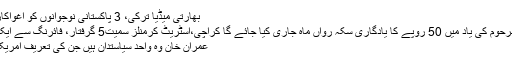
بھارتی میڈیا ترکی، 3 پاکستانی نوجوانوں کو اغواکاروں نے چھوڑ دیا
عبد الستار ایدھی مرحوم کی یاد میں 50 روپے کا یادگاری سکہ رواں ماہ جاری کیا جائے گا کراچی،اسٹریٹ کرمنلز سمیت5 گرفتار، فائرنگ سے ایک شخص جاں بحق
عمران خان وہ واحد سیاستدان ہیں جن کی تعریف امریکی بھی کرتے ہیں۔